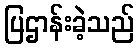
ပြဌာန်းခဲ့သည်